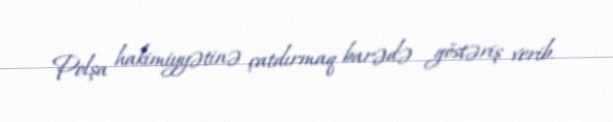
Polşa hakimiyyətinə çatdırmaq barədə göstəriş verib.